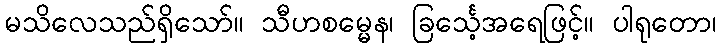
မသိလေသည်ရှိသော်။ သီဟစမ္မေန၊ ခြင်္သေ့အရေဖြင့်။ ပါရုတော၊